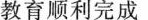
教育顺利完成